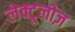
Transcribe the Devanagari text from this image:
लेक्टूलोज़